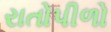
રાતોપીળો